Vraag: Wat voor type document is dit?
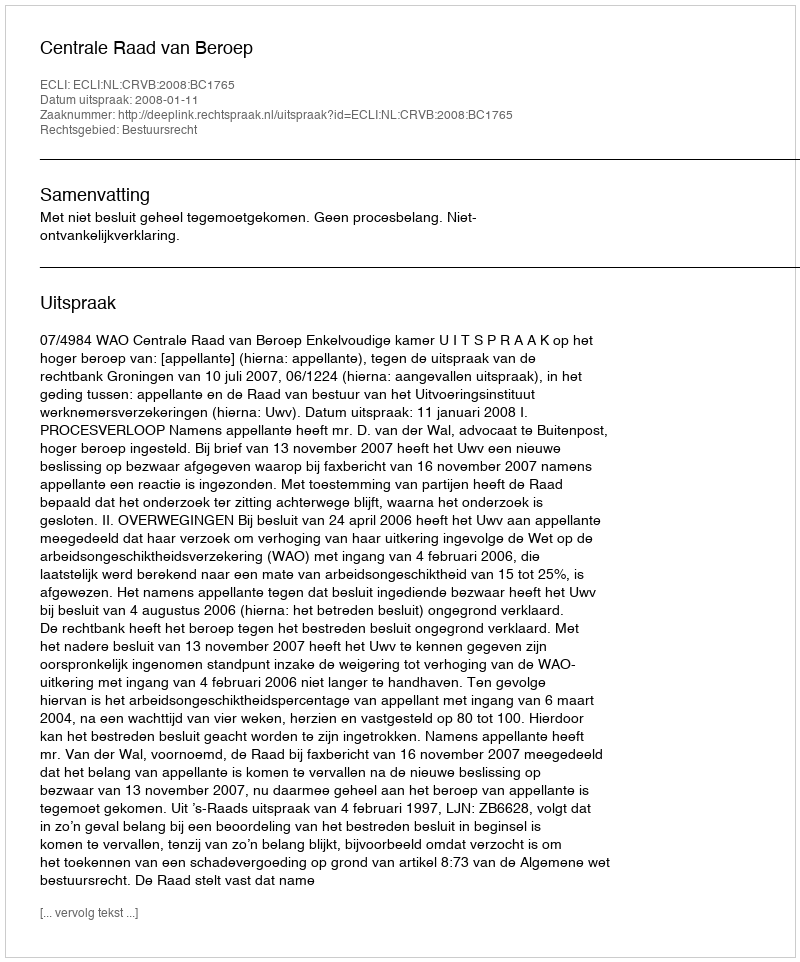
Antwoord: Uitspraak